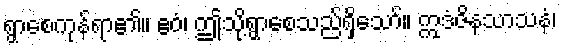
ရွာစေကုန်ရာ၏။ ဧဝံ၊ ဤသို့ရွာစေသည်ရှိသော်။ ဣဒံဇိနသာသနံ၊